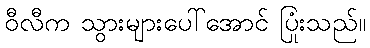
ဝီလီက သွားများပေါ်အောင် ပြုံးသည်။